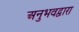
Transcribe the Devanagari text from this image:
अनुभवद्वारा